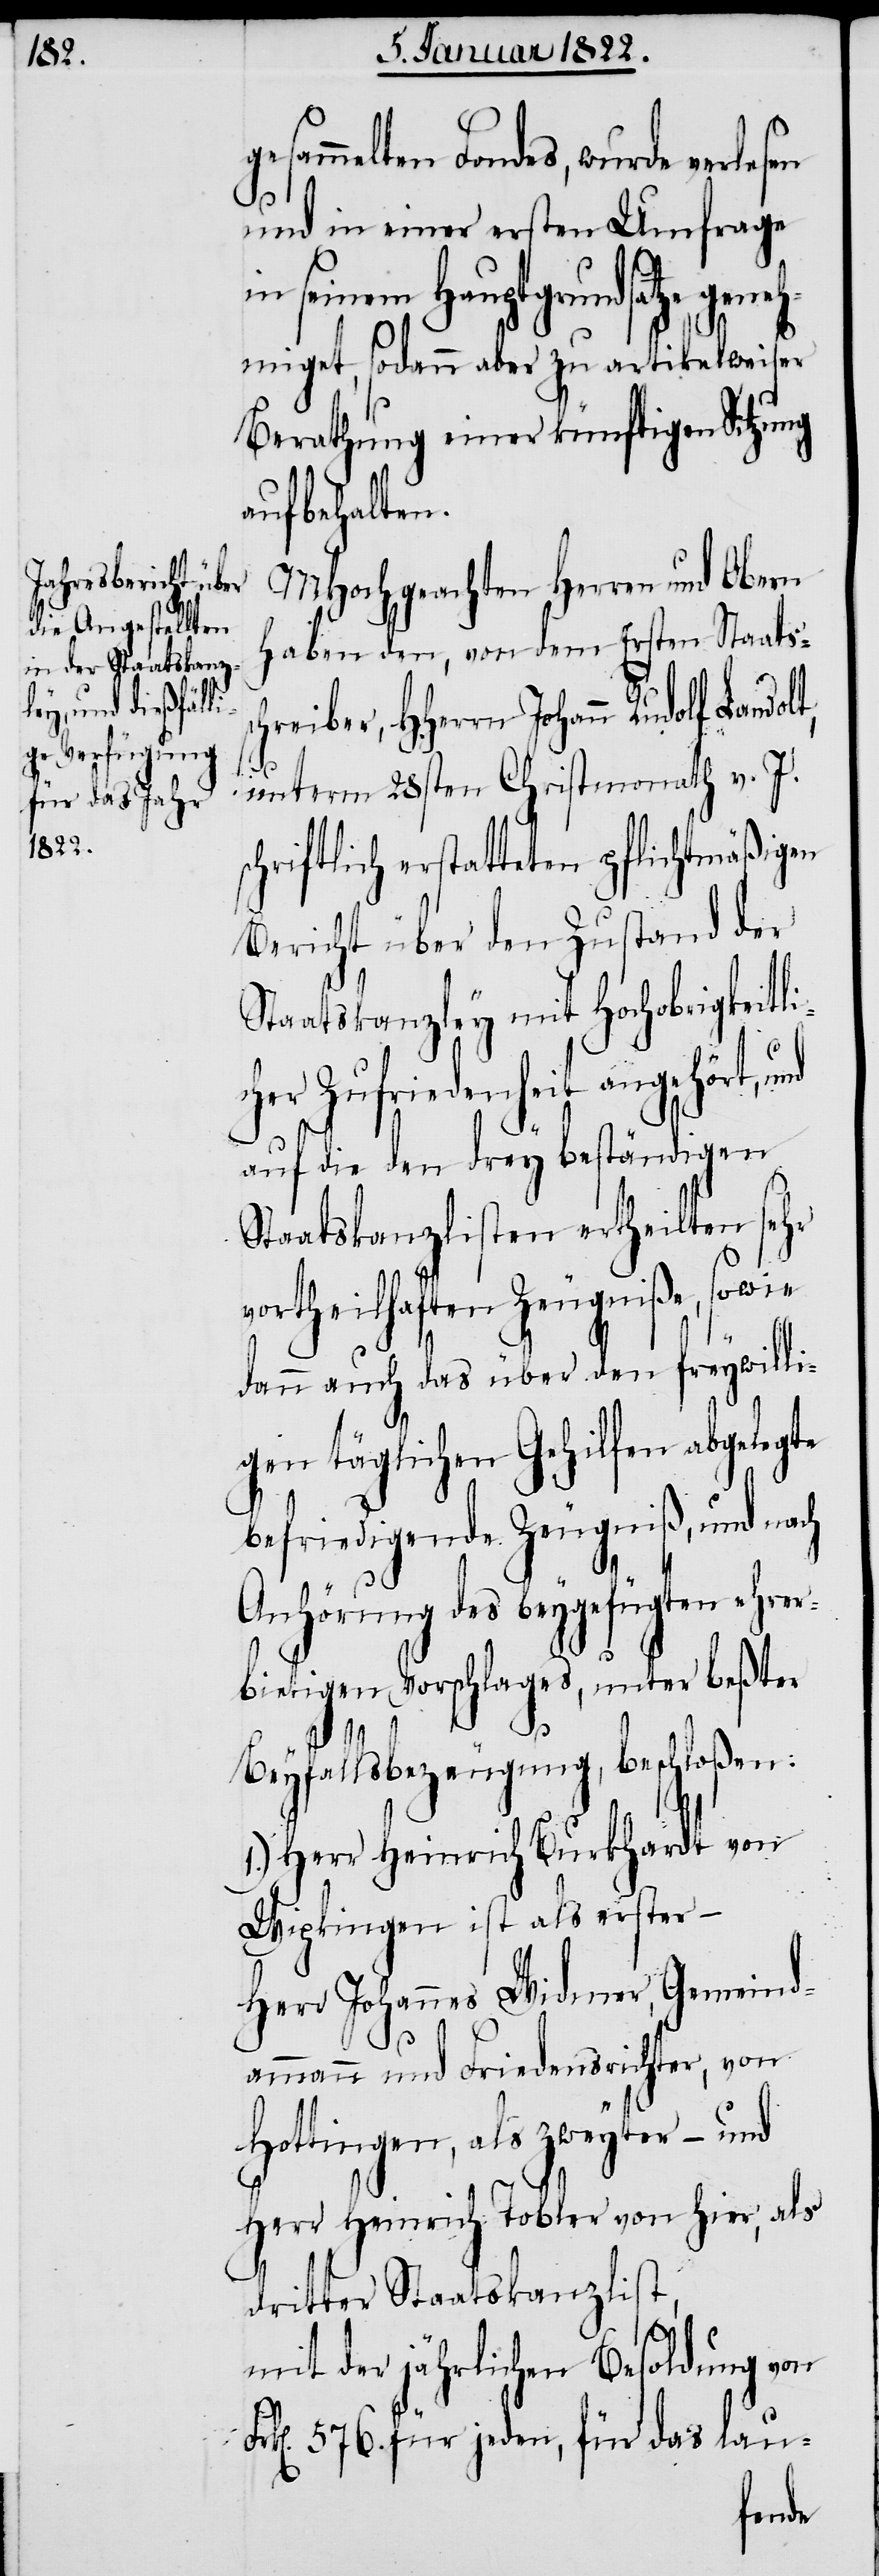
gesammelten Fondes, wurde
und in einer ersten Umfrage
seinem Hauptgrundsatze g¬
hmiget, sodann aber zu artikelweiser
Berathung einer künftigen Sitzung
aufbehalten.
MHochgeachteten Herren und Obern
haben den, von dem Ersten Staats¬
hreiber, HHerrn Johann Rudolf
Fr¬
unterm 28sten Christmonath v. J.
schriftlich erstatteten pflichtmäßigen
Bericht über den Zustand der
Staatskanzley mit Hochobrigkeitli¬
cher Zufriedenheit angehört, und
auf die den drey beständigen
Staatskanzlisten ertheilten sehr
vortheilhaften Zeugniße, sowie
dann auch das über den freywilli¬
gen täglichen Gehilfen abgelegte
befriedigende Zeugniß, und nach
Anhörung des beygefügten ehr¬
bietigen Vorschlages, unter beßter
Beyfallsbezeugung, beschloßen:
1.) Herr Heinrich Burkhardt von
Wipkingen ist als erster –
Herr Johannes Widmer, Gemeind¬
ammann und Friedensrichter von
Hottingen, als zweyter –
Herr Heinrich Tobler von hier, als
dritter Staatskanzlist,
mit der jährlichen Besoldung von
k[en]. 576. für jeden, für das lau-
Land¬